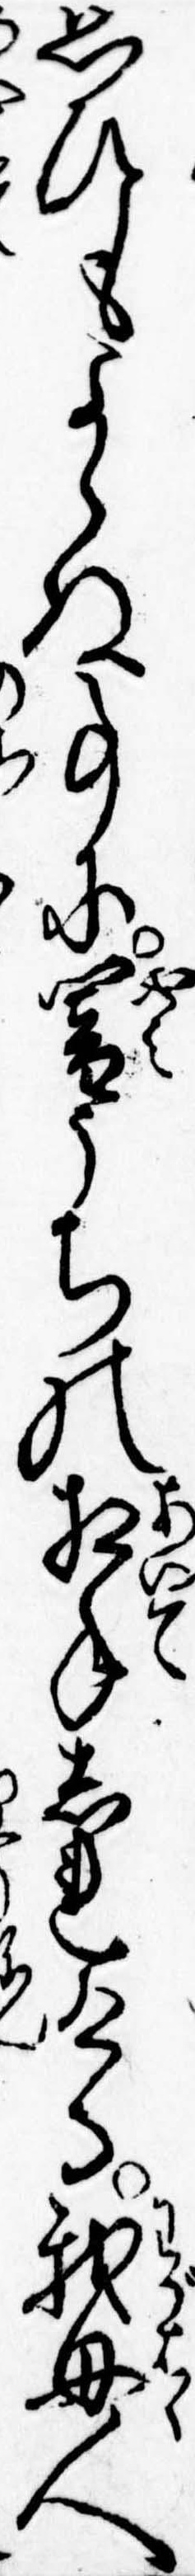
思ひもよらぬ事に闇うちの相手しれける我母人